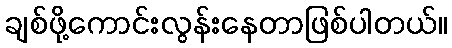
ချစ်ဖို့ကောင်းလွန်းနေတာဖြစ်ပါတယ်။